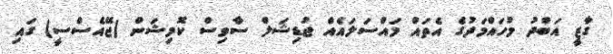
ގާޒީ އަބްދު މުހައްމަދުގެ އެތައް މައްސަލައެއް ޖުޑިޝަލް ސާވިސް ކޮމިޝަން (ޖޭއެސްސީ) ގައި